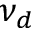
\nu _ { d }